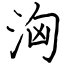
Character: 洶